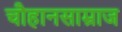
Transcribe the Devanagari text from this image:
चौहानसाम्राज